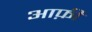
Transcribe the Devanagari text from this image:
आफ़ी